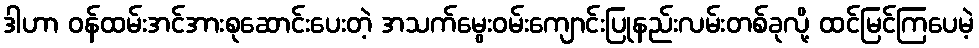
ဒါဟာ ဝန်ထမ်းအင်အားစုဆောင်းပေးတဲ့ အသက်မွေးဝမ်းကျောင်းပြုနည်းလမ်းတစ်ခုလို့ ထင်မြင်ကြပေမဲ့